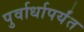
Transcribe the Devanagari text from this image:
पुर्वार्धापर्यंत